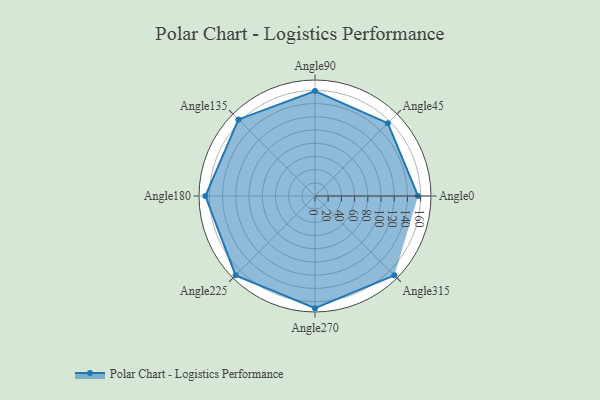
{"axis": {"x": "Angle", "y": "Radius"}, "legend": [""], "data": [{"x": "Angle0", "y": 156.0, "type": ""}, {"x": "Angle45", "y": 156.0, "type": ""}, {"x": "Angle90", "y": 159.0, "type": ""}, {"x": "Angle135", "y": 164.0, "type": ""}, {"x": "Angle180", "y": 166.0, "type": ""}, {"x": "Angle225", "y": 170.0, "type": ""}, {"x": "Angle270", "y": 170, "type": ""}, {"x": "Angle315", "y": 170, "type": ""}]}